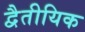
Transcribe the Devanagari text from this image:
द्वैतीयिक